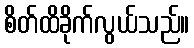
စိတ်ထိခိုက်လွယ်သည်။